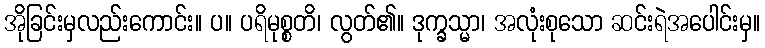
အိုခြင်းမှလည်းကောင်း။ ပ။ ပရိမုစ္စတိ၊ လွတ်၏။ ဒုက္ခသ္မာ၊ အလုံးစုသော ဆင်းရဲအပေါင်းမှ။